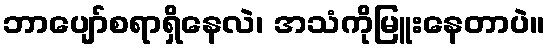
ဘာပျော်စရာရှိနေလဲ၊ အသံကိုမြူးနေတာပဲ။